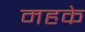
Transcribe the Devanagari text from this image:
महके